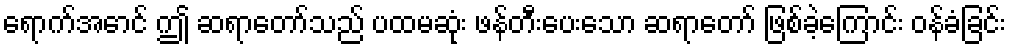
ရောက်အောင် ဤ ဆရာတော်သည် ပထမဆုံး ဖန်တီးပေးသော ဆရာတော် ဖြစ်ခဲ့ကြောင်း ဝန်ခံခြင်း